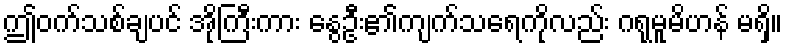
ဤဝက်သစ်ချပင် အိုကြီးကား နွေဦး၏ကျက်သရေကိုလည်း ဂရုမူမိဟန် မရှိ။